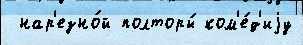
 нар'езно́й полторы́ ком'е́д'иjу